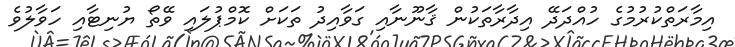
އިމާރަތްކުރުމުގެ ހުއްދަދޭ އިދާރާތަކުން ޤާނޫނާއި ގަވާއިދު ތަކަށް ކޮމްޕުލައި ވޭތޯ ޔުނިޓާއި ހަވާލުވެ